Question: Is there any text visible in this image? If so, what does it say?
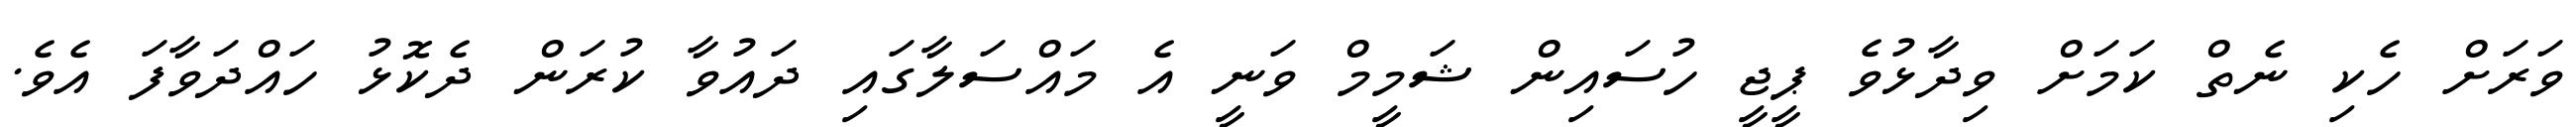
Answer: ވަރަށް ހެކި ނެތް ކަމަށް ވިދާޅުވެ ޕީޖީ ހުސައިން ޝަމީމް ވަނީ އެ މައްސަލާގައި ދައުވާ ކުރަން ދެކޮޅު ހައްދަވާފަ އެވެ.